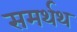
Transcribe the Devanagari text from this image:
समर्थथ